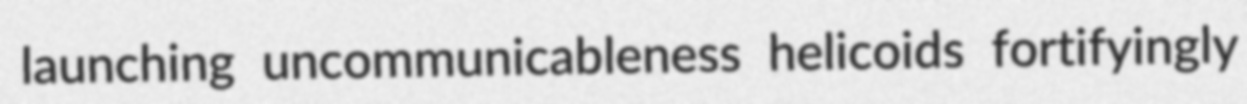
launching uncommunicableness helicoids fortifyingly